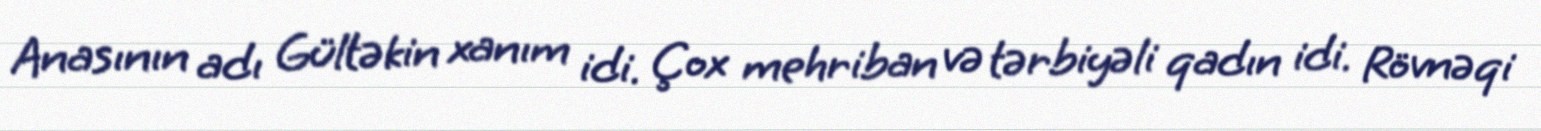
Anasının adı Gültəkin xanım idi. Çox mehriban və tərbiyəli qadın idi. Rövnəqi